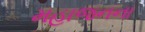
મહાજનના